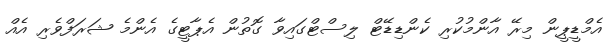
އެމްޑީޕީން މިރޭ އާންމުކުރި ކެންޑިޑޭޓް ލިސްޓްގައިވާ ގޮތުން އެޕާޓީގެ އެންމެ ޝަރަފްވެރި އެއް